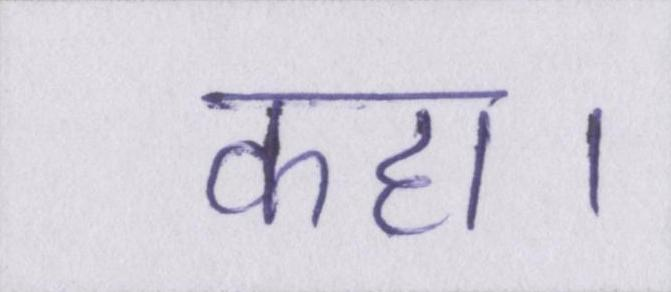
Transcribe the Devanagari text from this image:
कहा।